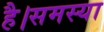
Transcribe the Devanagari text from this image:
है।समस्या